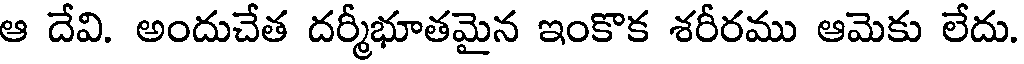
ఆ దేవి. అందుచేత దర్మీభూతమైన ఇంకొక శరీరము ఆమెకు లేదు.